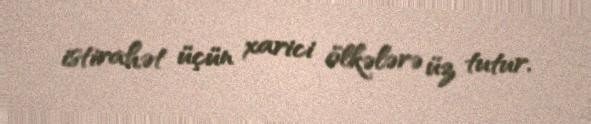
istirahət üçün xarici ölkələrə üz tutur.